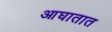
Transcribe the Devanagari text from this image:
आघातात